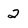
Character: 2